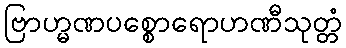
ဗြာဟ္မဏပစ္စောရောဟဏီသုတ္တံ